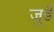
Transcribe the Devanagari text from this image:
जुडै